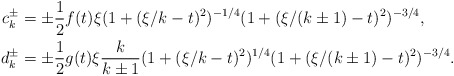
\begin{align*} c_{k}^{\pm} &= \pm\frac{1}{2} f(t)\xi (1+(\xi/k-t)^2)^{-1/4} (1+(\xi/(k\pm 1)-t)^2)^{-3/4},\\ d_{k}^{\pm} &= \pm \frac{1}{2} g(t)\xi \frac{k}{k\pm 1} (1+(\xi/k-t)^2)^{1/4} (1+(\xi/(k\pm 1)-t)^2)^{-3/4}.\end{align*}